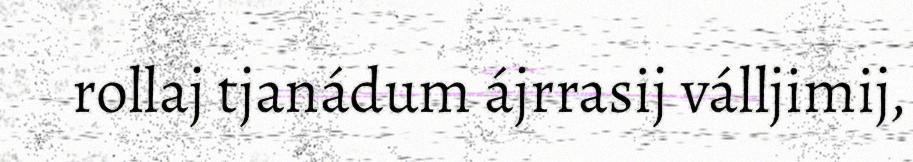
rollaj tjanádum ájrrasij válljimij,